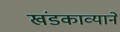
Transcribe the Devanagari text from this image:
खंडकाव्याने